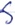
Text: S